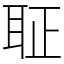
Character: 聇